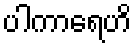
ပါကာရေဟိ